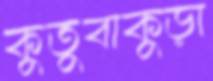
কুতুবাকুড়া